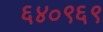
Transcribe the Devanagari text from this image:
६४०९६९